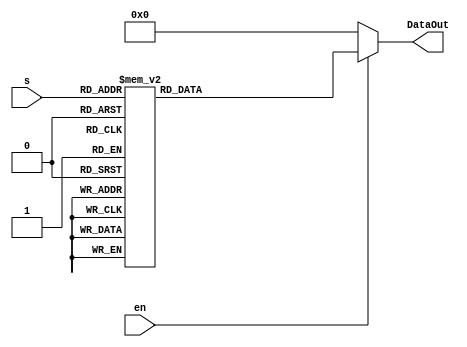
//################################
// Decoder for Digital Selector
// 18-inputs element
// Version 1.5                  
//################################

module decode5_18_Norm(s,en,DataOut);

//---------------------------
// s: Input deecimal adress;
// en: Input enable;
// DataOut: Output data;
//---------------------------

input en;
input [4:0] s;
output reg [17:0] DataOut;

always@(en or s)begin
	if(en==0)
		DataOut=18'b000000000000000000;
	else
		case(s)
			5'b00000: DataOut=18'b000000000000000001;
			5'b00001: DataOut=18'b000000000000000010;
			5'b00010: DataOut=18'b000000000000000100;
			5'b00011: DataOut=18'b000000000000001000;
			5'b00100: DataOut=18'b000000000000010000;
			5'b00101: DataOut=18'b000000000000100000;
			5'b00110: DataOut=18'b000000000001000000;
			5'b00111: DataOut=18'b000000000010000000;
			5'b01000: DataOut=18'b000000000100000000;
			5'b01001: DataOut=18'b000000001000000000;
			5'b01010: DataOut=18'b000000010000000000;
			5'b01011: DataOut=18'b000000100000000000;
			5'b01100: DataOut=18'b000001000000000000;
			5'b01101: DataOut=18'b000010000000000000;
			5'b01110: DataOut=18'b000100000000000000;
			5'b01111: DataOut=18'b001000000000000000;
			5'b10000: DataOut=18'b010000000000000000;
			5'b10001: DataOut=18'b100000000000000000;
			default:  DataOut=18'b000000000000000000;
		endcase
end

endmodule